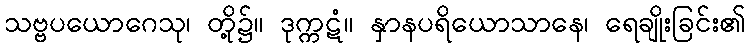
သဗ္ဗပယောဂေသု၊ တို့၌။ ဒုက္ကဋံ။ နှာနပရိယောသာနေ၊ ရေချိုးခြင်း၏